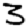
Digit: 3